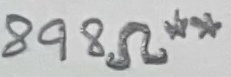
Text: 898Ω**